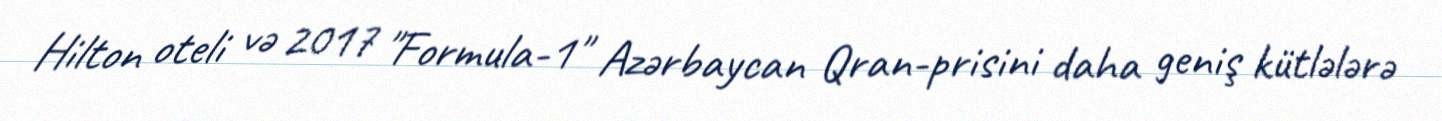
Hilton oteli və 2017 "Formula-1" Azərbaycan Qran-prisini daha geniş kütlələrə